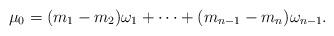
LaTeX: \begin{align*}\mu_0 = (m_1 - m_2)\omega_1 + \dots + (m_{n-1} - m_n) \omega_{n-1}.\end{align*}